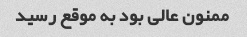
ممنون عالی بود به موقع رسید